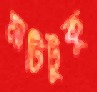
মাটিটুকু